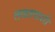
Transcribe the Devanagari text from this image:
तळापाशी